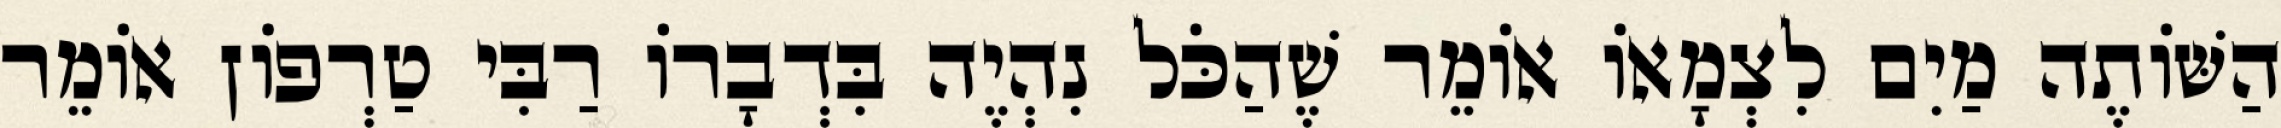
הַשּׁוֹתֶה מַיִם לִצְמָאוֹ אוֹמֵר שֶׁהַכֹּל נִהְיֶה בִּדְבָרוֹ רַבִּי טַרְפוֹן אוֹמֵר